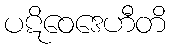
ပဋိဝေဒေဟီတိ